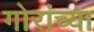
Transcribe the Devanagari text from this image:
गोरांच्या